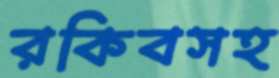
রকিবসহ